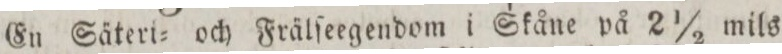
En Säteri= och Frälſeegendom i Skåne på 2 ½ mils